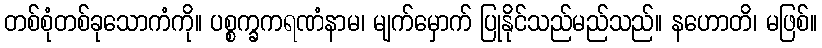
တစ်စုံတစ်ခုသောကံကို။ ပစ္စက္ခကရဏံနာမ၊ မျက်မှောက် ပြုနိုင်သည်မည်သည်။ နဟောတိ၊ မဖြစ်။